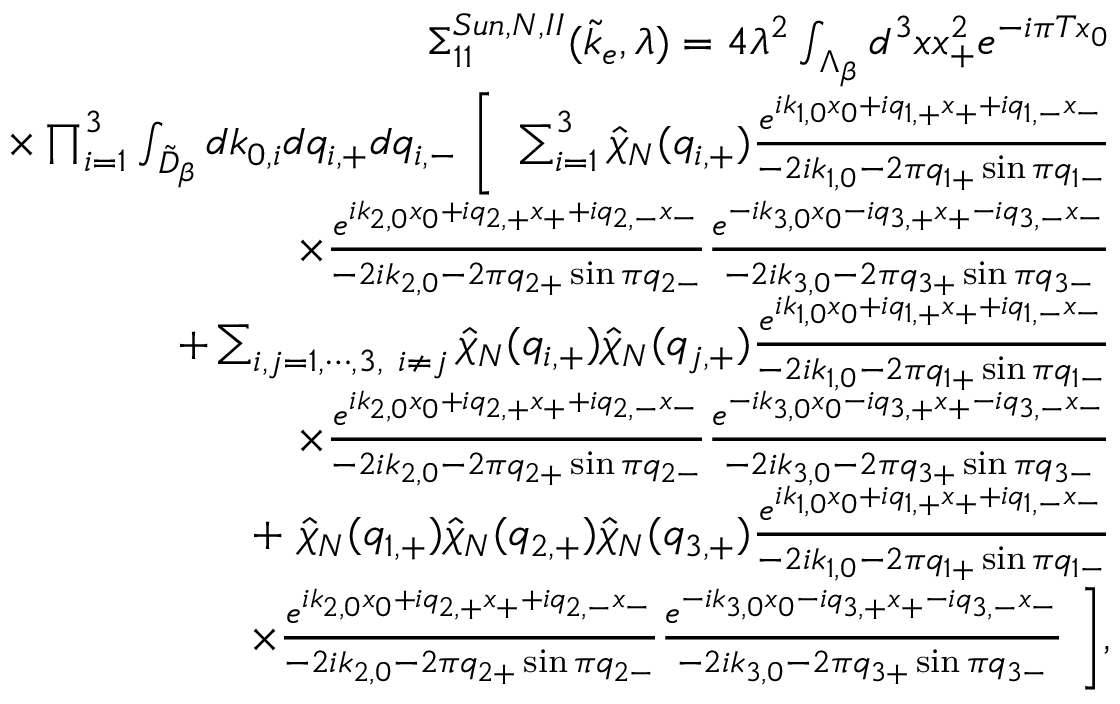
\begin{array} { r l r } & { } & { \Sigma _ { 1 1 } ^ { S u n , N , I I } ( \tilde { k } _ { e } , \lambda ) = 4 \lambda ^ { 2 } \int _ { \Lambda _ { \beta } } d ^ { 3 } x x _ { + } ^ { 2 } e ^ { - i \pi T x _ { 0 } } } \\ & { } & { \quad \times \prod _ { i = 1 } ^ { 3 } \int _ { \tilde { \cal D } _ { \beta } } d k _ { 0 , i } d q _ { i , + } d q _ { i , - } \ \Bigg [ \ \sum _ { i = 1 } ^ { 3 } \hat { \chi } _ { N } ( q _ { i , + } ) \frac { e ^ { i k _ { 1 , 0 } x _ { 0 } + i q _ { 1 , + } x _ { + } + i q _ { 1 , - } x _ { - } } } { - 2 i k _ { 1 , 0 } - 2 \pi q _ { 1 + } \sin \pi q _ { 1 - } } } \\ & { } & { \quad \quad \quad \quad \quad \times \frac { e ^ { i k _ { 2 , 0 } x _ { 0 } + i q _ { 2 , + } x _ { + } + i q _ { 2 , - } x _ { - } } } { - 2 i k _ { 2 , 0 } - 2 \pi q _ { 2 + } \sin \pi q _ { 2 - } } \frac { e ^ { - i k _ { 3 , 0 } x _ { 0 } - i q _ { 3 , + } x _ { + } - i q _ { 3 , - } x _ { - } } } { - 2 i k _ { 3 , 0 } - 2 \pi q _ { 3 + } \sin \pi q _ { 3 - } } } \\ & { } & { \quad \quad \quad + \sum _ { i , j = 1 , \cdots , 3 , \ i \neq j } \hat { \chi } _ { N } ( q _ { i , + } ) \hat { \chi } _ { N } ( q _ { j , + } ) \frac { e ^ { i k _ { 1 , 0 } x _ { 0 } + i q _ { 1 , + } x _ { + } + i q _ { 1 , - } x _ { - } } } { - 2 i k _ { 1 , 0 } - 2 \pi q _ { 1 + } \sin \pi q _ { 1 - } } } \\ & { } & { \quad \quad \quad \quad \quad \times \frac { e ^ { i k _ { 2 , 0 } x _ { 0 } + i q _ { 2 , + } x _ { + } + i q _ { 2 , - } x _ { - } } } { - 2 i k _ { 2 , 0 } - 2 \pi q _ { 2 + } \sin \pi q _ { 2 - } } \frac { e ^ { - i k _ { 3 , 0 } x _ { 0 } - i q _ { 3 , + } x _ { + } - i q _ { 3 , - } x _ { - } } } { - 2 i k _ { 3 , 0 } - 2 \pi q _ { 3 + } \sin \pi q _ { 3 - } } } \\ & { } & { \quad \quad \quad + \ \hat { \chi } _ { N } ( q _ { 1 , + } ) \hat { \chi } _ { N } ( q _ { 2 , + } ) \hat { \chi } _ { N } ( q _ { 3 , + } ) \frac { e ^ { i k _ { 1 , 0 } x _ { 0 } + i q _ { 1 , + } x _ { + } + i q _ { 1 , - } x _ { - } } } { - 2 i k _ { 1 , 0 } - 2 \pi q _ { 1 + } \sin \pi q _ { 1 - } } } \\ & { } & { \quad \quad \quad \quad \quad \times \frac { e ^ { i k _ { 2 , 0 } x _ { 0 } + i q _ { 2 , + } x _ { + } + i q _ { 2 , - } x _ { - } } } { - 2 i k _ { 2 , 0 } - 2 \pi q _ { 2 + } \sin \pi q _ { 2 - } } \frac { e ^ { - i k _ { 3 , 0 } x _ { 0 } - i q _ { 3 , + } x _ { + } - i q _ { 3 , - } x _ { - } } } { - 2 i k _ { 3 , 0 } - 2 \pi q _ { 3 + } \sin \pi q _ { 3 - } } \ \Bigg ] , } \end{array}